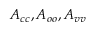
A _ { c c } , A _ { o o } , A _ { v v }